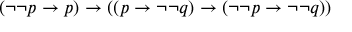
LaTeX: ( \neg \neg p \to p ) \to ( ( p \to \neg \neg q ) \to ( \neg \neg p \to \neg \neg q ) )